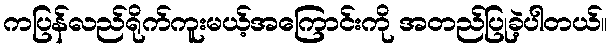
ကပြန်လည်ရိုက်ကူးမယ့်အကြောင်းကို အတည်ပြုခဲ့ပါတယ်။